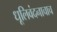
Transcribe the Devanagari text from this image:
धूलिवंदनाचाच